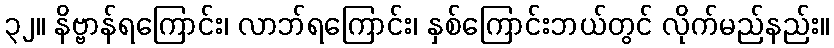
၃၂။ နိဗ္ဗာန်ရကြောင်း၊ လာဘ်ရကြောင်း၊ နှစ်ကြောင်းဘယ်တွင် လိုက်မည်နည်း။